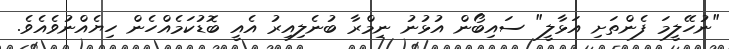
"ނުހޭލީމަ ފެންތަށި އަޅާލީ" ސައިބޯން އުޅުނު ނިމްރާ ބުނެލިއިރު އެއީ ބޮޑުކަމެއްހެން ހިޔެއްނުވެއެވެ.